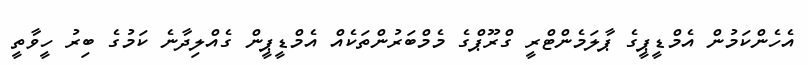
އެހެންކަމުން އެމްޑީޕީގެ ޕާލަމެންޓްރީ ގްރޫޕްގެ މެމްބަރުންތަކެއް އެމްޑީޕީން ގެއްލިދާނެ ކަމުގެ ބިރު ހީވާތީ